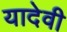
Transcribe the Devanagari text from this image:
यादेवी